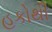
હકોથી